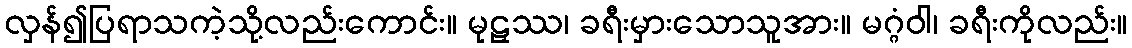
လှန်၍ပြရာသကဲ့သို့လည်းကောင်း။ မုဠှဿ၊ ခရီးမှားသောသူအား။ မဂ္ဂံဝါ၊ ခရီးကိုလည်း။